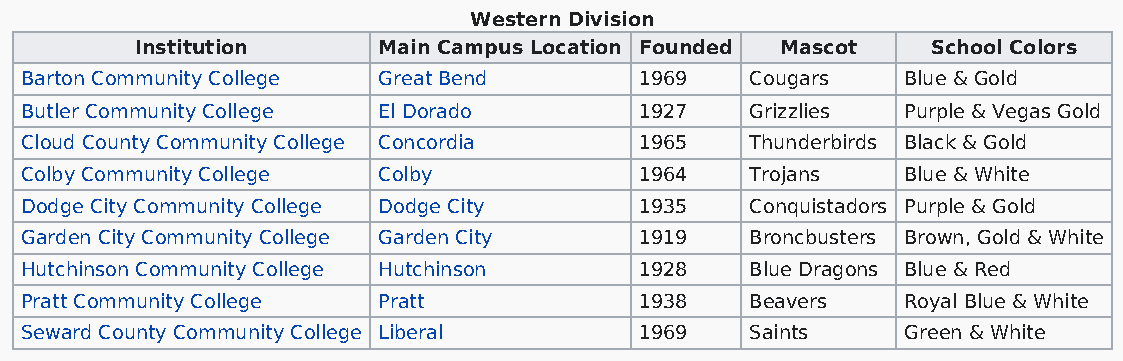
Western Division
 Institution     Main Campus Location Founded Mascot  School Colors
 Barton Community College Great Bend      1969    Cougars   Blue & Gold
 Butler Community College El Dorado       1927    Grizzlies Purple & Vegas Gold
 Cloud County Community College Concordia 1965    Thunderbirds Black & Gold
 Colby Community College Colby            1964    Trojans   Blue & White
 Dodge City Community College Dodge City  1935    Conquistadors Purple & Gold
 Garden City Community College Garden City 1919   Broncbusters Brown, Gold & White
 Hutchinson Community College Hutchinson  1928    Blue Dragons Blue & Red
 Pratt Community College Pratt            1938    Beavers   Royal Blue & White
 Seward County Community College Liberal  1969    Saints    Green & White